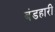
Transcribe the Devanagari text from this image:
बंडहारी